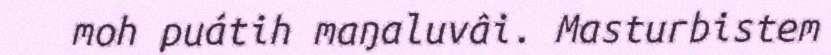
moh puátih maŋaluvâi. Masturbistem